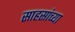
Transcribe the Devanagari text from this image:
साहसांच्या